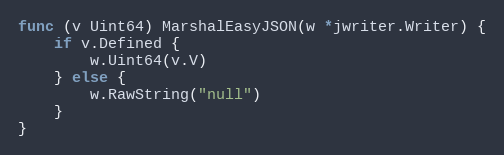
Language: Go
func (v Uint64) MarshalEasyJSON(w *jwriter.Writer) {
	if v.Defined {
		w.Uint64(v.V)
	} else {
		w.RawString("null")
	}
}